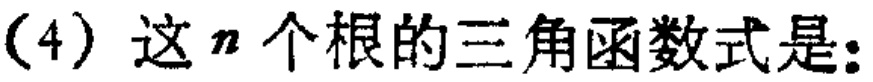
（4）这\(n\)个根的三角函数式是：